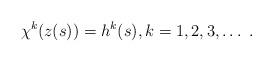
LaTeX: \begin{align*}\chi^{k}(z(s)) = h^{k}(s),k=1,2,3,\dots\;.\end{align*}